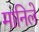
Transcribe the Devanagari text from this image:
मानिले